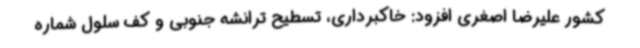
کشور علیرضا اصغری افزود: خاکبرداری، تسطیح ترانشه جنوبی و کف سلول شماره